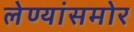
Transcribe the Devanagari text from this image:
लेण्यांसमोर